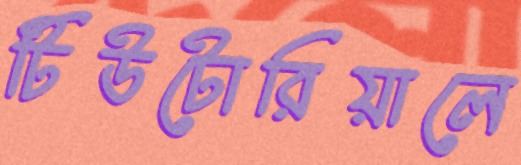
টিউটোরিয়ালে